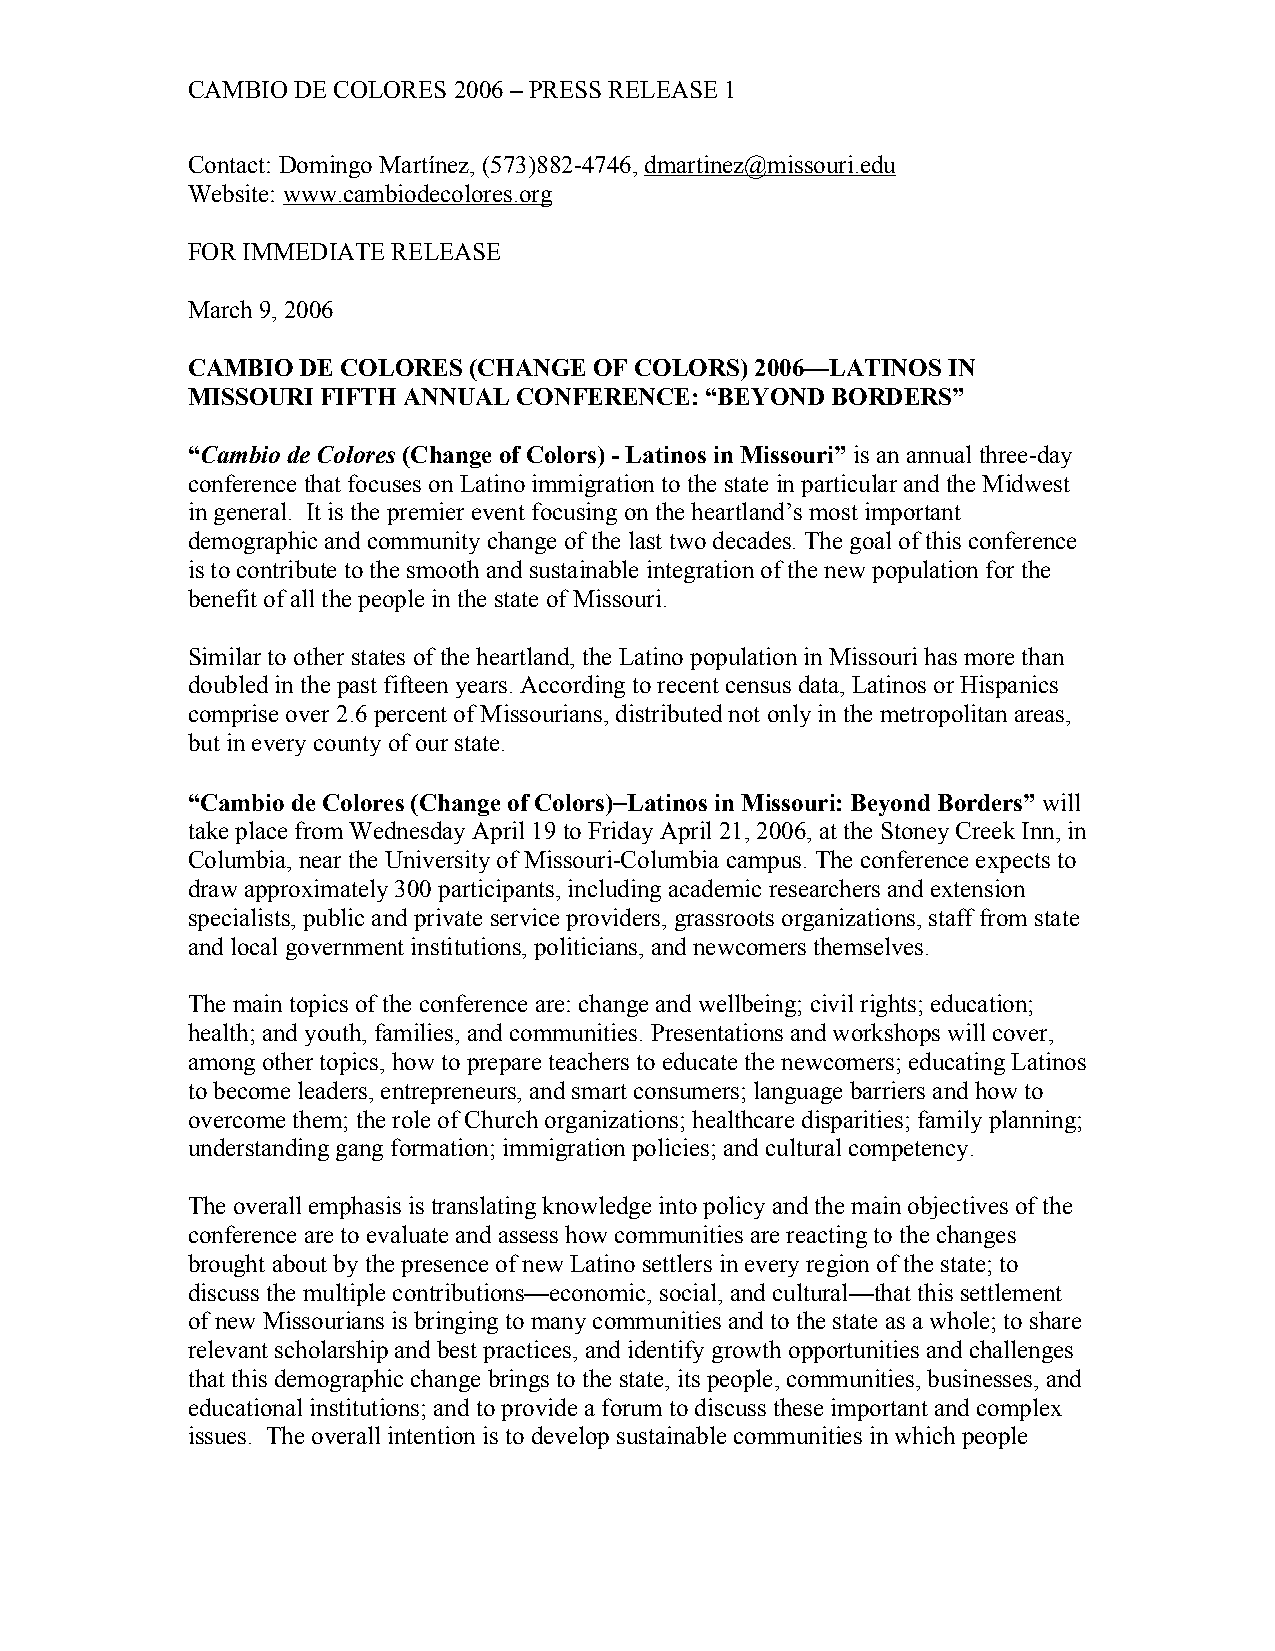
CAMBIO DE COLORES 2006 – PRESS RELEASE 1
 Contact: Domingo Martínez, (573)882-4746, dmartinez@missouri.edu
 Website: www.cambiodecolores.org
 FOR IMMEDIATE RELEASE
 March 9, 2006
 CAMBIO  DE COLORES (CHANGE OF COLORS) 2006—LATINOS IN
 MISSOURI FIFTH ANNUAL CONFERENCE:  “BEYOND BORDERS”
 “Cambio de Colores (Change of Colors) - Latinos in Missouri” is an annual three-day
 conference that focuses on Latino immigration to the state in particular and the Midwest
 in general. It is the premier event focusing on the heartland’s most important
 demographic and community change of the last two decades. The goal of this conference
 is to contribute to the smooth and sustainable integration of the new population for the
 benefit of all the people in the state of Missouri.
 Similar to other states of the heartland, the Latino population in Missouri has more than
 doubled in the past fifteen years. According to recent census data, Latinos or Hispanics
 comprise over 2.6 percent of Missourians, distributed not only in the metropolitan areas,
 but in every county of our state.
 “Cambio de Colores (Change of Colors)- Latinos in Missouri: Beyond Borders” will
 take place from Wednesday April 19 to Friday April 21, 2006, at the Stoney Creek Inn, in
 Columbia, near the University of Missouri-Columbia campus. The conference expects to
 draw approximately 300 participants, including academic researchers and extension
 specialists, public and private service providers, grassroots organizations, staff from state
 and local government institutions, politicians, and newcomers themselves.
 The main topics of the conference are: change and wellbeing; civil rights; education;
 health; and youth, families, and communities. Presentations and workshops will cover,
 among other topics, how to prepare teachers to educate the newcomers; educating Latinos
 to become leaders, entrepreneurs, and smart consumers; language barriers and how to
 overcome them; the role of Church organizations; healthcare disparities; family planning;
 understanding gang formation; immigration policies; and cultural competency.
 The overall emphasis is translating knowledge into policy and the main objectives of the
 conference are to evaluate and assess how communities are reacting to the changes
 brought about by the presence of new Latino settlers in every region of the state; to
 discuss the multiple contributions—economic, social, and cultural—that this settlement
 of new Missourians is bringing to many communities and to the state as a whole; to share
 relevant scholarship and best practices, and identify growth opportunities and challenges
 that this demographic change brings to the state, its people, communities, businesses, and
 educational institutions; and to provide a forum to discuss these important and complex
 issues. The overall intention is to develop sustainable communities in which people